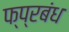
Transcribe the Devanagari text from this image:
फ्प्रबंध